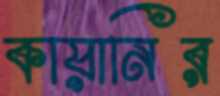
কায়ানির